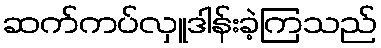
ဆက်ကပ်လှူဒါန်းခဲ့ကြသည်